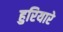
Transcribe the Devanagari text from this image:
हुरियारे